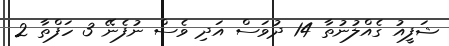
ޝަފީއު ގެއްލުނުތާ 14 ދުވަސް އަދި ވެސް ނުފެނޭ 3 ހަފްތާ 2